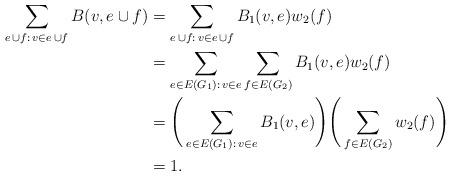
LaTeX: \begin{align*}\sum_{e\,\cup f:\,v\in e\,\cup f}B(v,e\cup f) & =\sum_{e\,\cup f:\,v\in e\,\cup f}B_1(v,e)w_2(f)\\& =\sum_{e\in E(G_1):\,v\in e}\sum_{f\in E(G_2)}B_1(v,e)w_2(f)\\& =\Bigg(\sum_{e\in E(G_1):\,v\in e}B_1(v,e)\Bigg)\Bigg(\sum_{f\in E(G_2)}w_2(f)\Bigg)\\& =1. \end{align*}